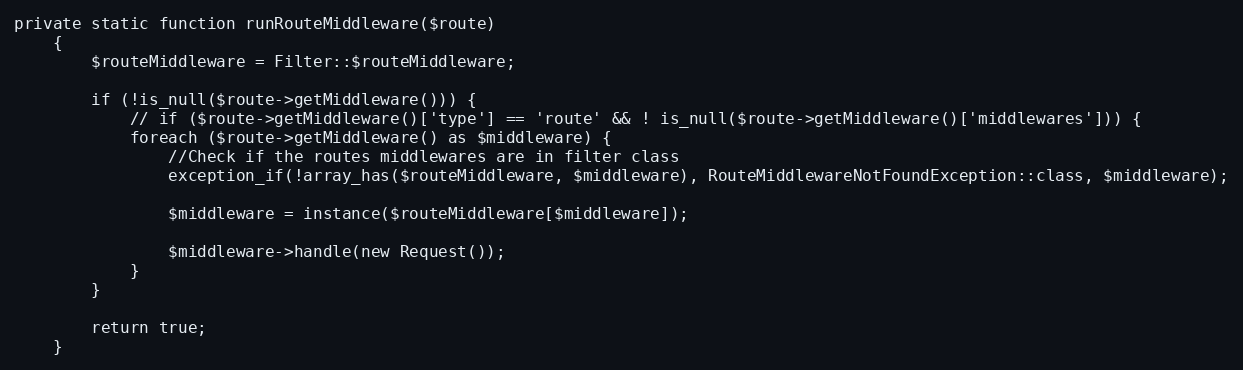
Language: PHP
private static function runRouteMiddleware($route)
    {
        $routeMiddleware = Filter::$routeMiddleware;

        if (!is_null($route->getMiddleware())) {
            // if ($route->getMiddleware()['type'] == 'route' && ! is_null($route->getMiddleware()['middlewares'])) {
            foreach ($route->getMiddleware() as $middleware) {
                //Check if the routes middlewares are in filter class
                exception_if(!array_has($routeMiddleware, $middleware), RouteMiddlewareNotFoundException::class, $middleware);

                $middleware = instance($routeMiddleware[$middleware]);

                $middleware->handle(new Request());
            }
        }

        return true;
    }